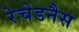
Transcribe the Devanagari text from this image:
रेचेडनैस